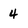
Character: 4